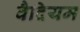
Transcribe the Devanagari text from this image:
वैदियम